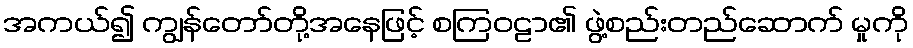
အကယ်၍ ကျွန်တော်တို့အနေဖြင့် စကြဝဠာ၏ ဖွဲ့စည်းတည်ဆောက် မှုကို